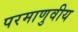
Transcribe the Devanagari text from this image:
परमाणुवीय